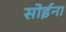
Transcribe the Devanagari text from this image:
सोईना